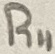
Text: R11